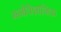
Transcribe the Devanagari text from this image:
मनोवेज्ञानिक